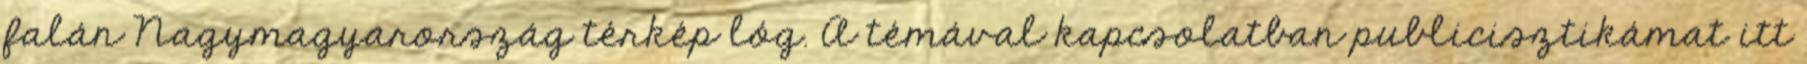
falán Nagymagyarország térkép lóg. A témával kapcsolatban publicisztikámat itt